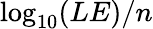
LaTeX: \log_{10}(LE)/n